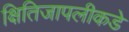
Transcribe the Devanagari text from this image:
क्षितिजापलीकडे